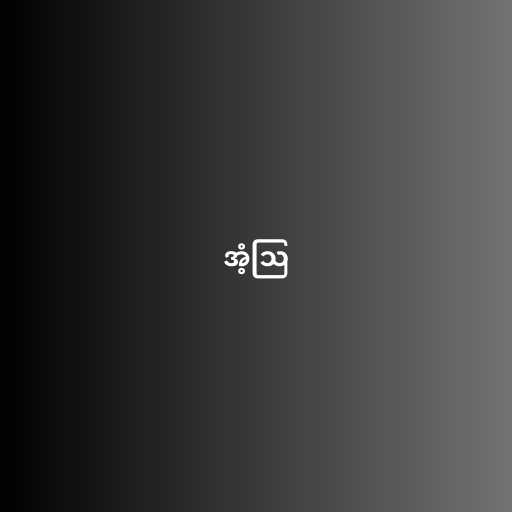
အံ့ဩ